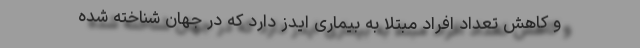
و کاهش تعداد افراد مبتلا به بیماری ایدز دارد که در جهان شناخته شده